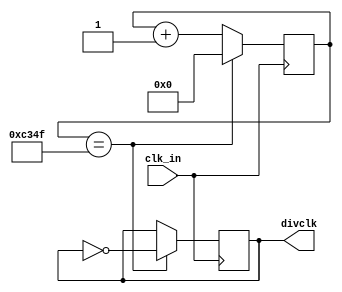
`timescale 1ns / 1ps
//////////////////////////////////////////////////////////////////////////////////
// Company: 
// Engineer: 
// 
// Design Name: 
// Module Name: clock_division
// Project Name: 
// Target Devices: 
// Tool Versions: 
// Description: 
// 
// Dependencies: 
// 
// Revision:
// Revision 0.01 - File Created
// Additional Comments:
// 
//////////////////////////////////////////////////////////////////////////////////


module clock_division #(parameter DIVCLK_CNTMAX = 49999)(clk_in,divclk);
 input clk_in;
 output divclk;

 reg [31:0] cnt = 0; 
 reg divclk_reg = 0;
 always@(posedge clk_in) begin
 if(cnt == DIVCLK_CNTMAX) begin
 cnt <= 0;
 divclk_reg <= ~divclk_reg;
 end
 else
 cnt <= cnt + 1;
 end 
 assign divclk = divclk_reg;
endmodule